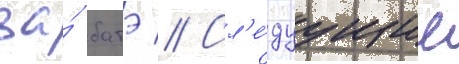
за́ батэ // Сл'е́дуущие